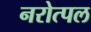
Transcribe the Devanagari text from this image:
नरोत्पल